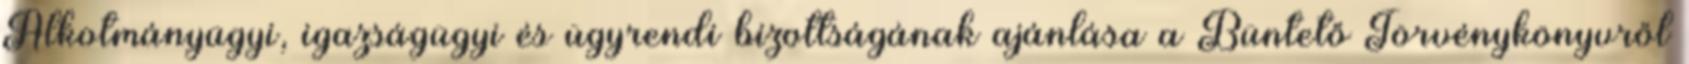
Alkotmányügyi, igazságügyi és ügyrendi bizottságának ajánlása a Büntető Törvénykönyvről